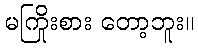
မကြိုးစား တော့ဘူး။